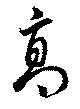
高